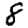
Digit: 8